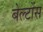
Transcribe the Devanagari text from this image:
बेल्टोंस